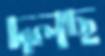
দলছ